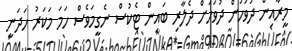
މީރާއިން ދުވަހުން ދުވަހަށް ދެލާރި ބައިން ޓެކުސް ނެގީމަވެސް ހަމަ މަކަރު ހަދަނީ